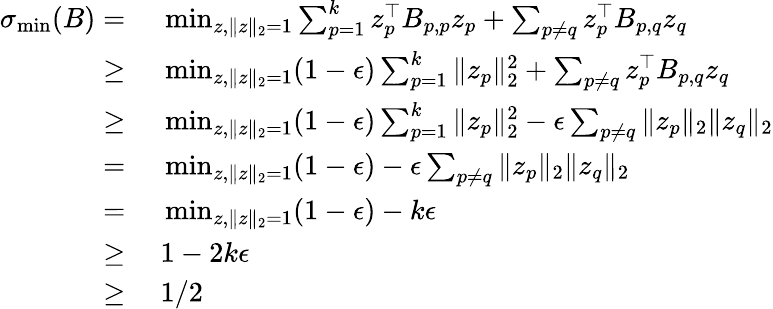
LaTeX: \begin{array}{rl}{\sigma_{\operatorname*{min}}(B)=}&{~\operatorname*{min}_{z,\| z\| _{2}=1}\sum_{p=1}^{k}z_{p}^{\top}B_{p,p}z_{p}+\sum_{p\neq q}z_{p}^{\top}B_{p,q}z_{q}}\\ {\geq}&{~\operatorname*{min}_{z,\| z\| _{2}=1}(1-\epsilon)\sum_{p=1}^{k}\| z_{p}\| _{2}^{2}+\sum_{p\neq q}z_{p}^{\top}B_{p,q}z_{q}}\\ {\ge}&{~\operatorname*{min}_{z,\| z\| _{2}=1}(1-\epsilon)\sum_{p=1}^{k}\| z_{p}\| _{2}^{2}-\epsilon\sum_{p\neq q}\| z_{p}\| _{2}\| z_{q}\| _{2}}\\ {=}&{~\operatorname*{min}_{z,\| z\| _{2}=1}(1-\epsilon)-\epsilon\sum_{p\neq q}\| z_{p}\| _{2}\| z_{q}\| _{2}}\\ {=}&{~\operatorname*{min}_{z,\| z\| _{2}=1}(1-\epsilon)-k\epsilon}\\ {\ge}&{~1-2k\epsilon}\\ {\geq}&{~1/2}\end{array}